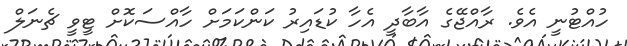
ހުއްޓުނީ އެވެ. ރާއްޖޭގެ އާބާދީ އެހާ ކުޑައިރު ކަންކަމަށް ހާއްސަކޮށް ޓީވީ ޗެނަލް